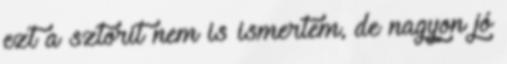
ezt a sztorit nem is ismertem, de nagyon jó